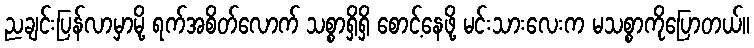
ညချင်းပြန်လာမှာမို့ ရက်အစိတ်လောက် သစ္စာရှိရှိ စောင့်နေဖို့ မင်းသားလေးက မသစ္စာကိုပြောတယ်။